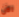
الآن